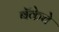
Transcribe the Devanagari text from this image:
बॅकेचे